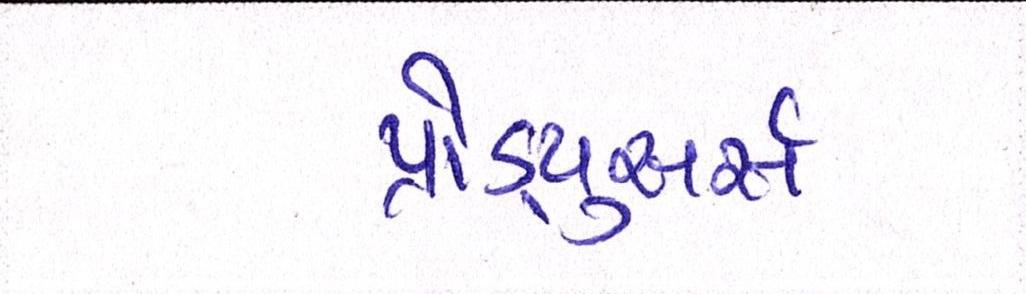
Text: પ્રોડ્યુસર્સ